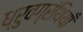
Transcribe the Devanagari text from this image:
ध्रुवग्रंथियाँ